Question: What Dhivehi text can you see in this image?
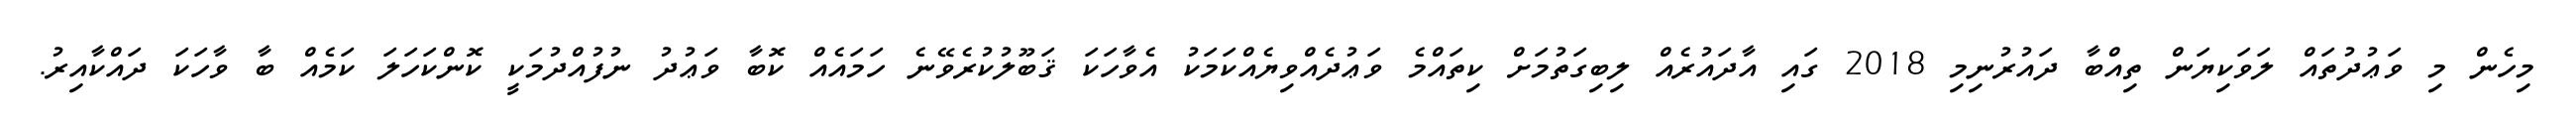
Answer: މިހެން މި ވަޢުދުތައް ލަވަކިޔަން ތިއްބާ ދައުރުނިމި 2018 ގައި އާދައުރެއް ލިބިގަތުމަށް ކިތައްމެ ވަޢުދެއްވިޔެއްކަމަކު އެވާހަކަ ޤަބޫލުކުރެވޭނެ ހަމައެއް ކޮބާ ވަޢުދު ނުފުއްދުމަކީ ކޮންކަހަލަ ކަމެއް ބާ ވާހަކަ ދައްކާއިރު.